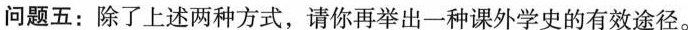
问题五：除了上述两种方式，请你再举出一种课外学史的有效途径。